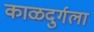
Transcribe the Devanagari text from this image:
काळदुर्गला